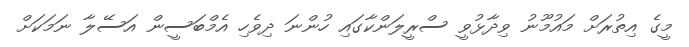
މީގެ އިތުރަށް މައުމޫނު ވިދާޅުވީ ސްރީލަންކާގައި ހުންނަ ދިވެހި އެމްބަސީން އަސޭލާ ނަމަކަށް